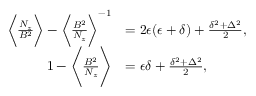
\begin{array} { r l } { \bigg \langle \frac { N _ { z } } { B ^ { 2 } } \bigg \rangle - \bigg \langle \frac { B ^ { 2 } } { N _ { z } } \bigg \rangle ^ { - 1 } } & { = 2 \epsilon ( \epsilon + \delta ) + \frac { \delta ^ { 2 } + \Delta ^ { 2 } } { 2 } , } \\ { 1 - \Bigg \langle \frac { B ^ { 2 } } { N _ { z } } \Bigg \rangle } & { = \epsilon \delta + \frac { \delta ^ { 2 } + \Delta ^ { 2 } } { 2 } , } \end{array}